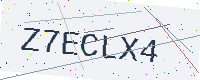
Text: Z7ECLX4